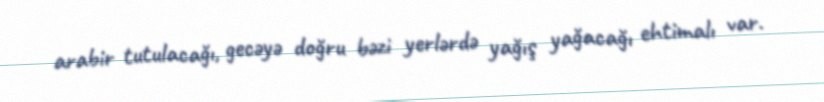
arabir tutulacağı, gecəyə doğru bəzi yerlərdə yağış yağacağı ehtimalı var.